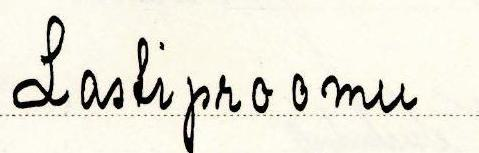
Lastiproomu